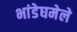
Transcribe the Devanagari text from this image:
भांडेघमेले